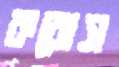
করোস